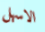
الاسهل